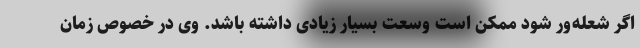
اگر شعله‌ور شود ممکن است وسعت بسیار زیادی داشته باشد. وی در خصوص زمان